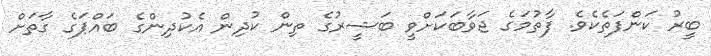
ބީރު ކަންފަތެކެވެ. ފާތުމަގެ ޖަވާބަކަށްވީ ބަޝީރުގެ ތިން ކުދިން އެކުދިންގެ ބައްޕަގެ ގާތަށް